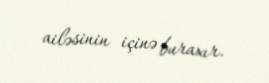
ailəsinin içinə buraxır.